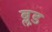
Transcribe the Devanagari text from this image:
ब्ल़ड